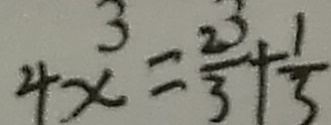
4 x ^ { 3 } = \frac { 2 ^ { 3 } } { 3 } + \frac { 1 } { 3 }